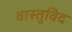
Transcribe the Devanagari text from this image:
वास्‍तुविद